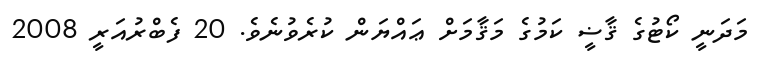
މަދަނީ ކޯޓުގެ ޤާޟީ ކަމުގެ މަޤާމަށް ޢައްޔަން ކުރެވުނެވެ. 20 ފެބްރުއަރީ 2008